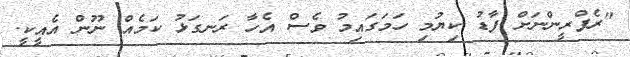
"ރެފްރީންނަށް ފާޑު ކިޔުމި ހަމަގައިމު ވެސް އެހާ ރަނގަޅު ކަމެއް ނޫން އެއީކީ.